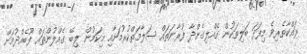
ރައްކާތެރިވެ މިފަދަ ބަލިތަކުން ގެއްލިގެންދާ ފުރާނަތައް ސަލާމަތްކުރުމަށާއި މިކަމުން ލިބޭ ގެއްލުންތައް ފޫބެއްދުމަށް